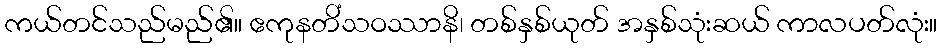
ကယ်တင်သည်မည်၏။ ဧကုနတိံသဝဿာနိ၊ တစ်နှစ်ယုတ် အနှစ်သုံးဆယ် ကာလပတ်လုံး။